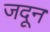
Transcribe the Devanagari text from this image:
जदून